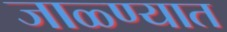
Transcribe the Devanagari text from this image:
जाळ्ण्यात